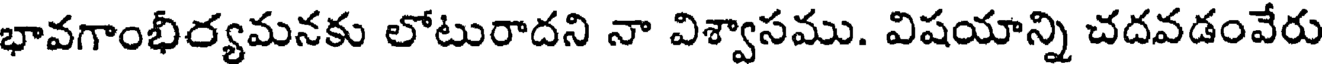
భావగాంభీర్యమనకు లోటురాదని నా విశ్వాసము. విషయాన్ని చదవడంవేరు